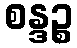
စန္ဒဉ္စ